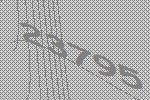
23795